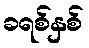
ခရစ်နှစ်